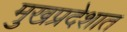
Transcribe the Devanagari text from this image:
मुखप्रदेशात